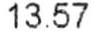
13.57